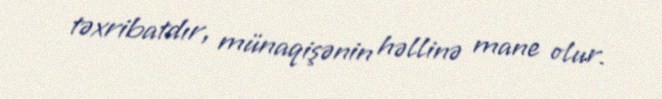
təxribatdır, münaqişənin həllinə mane olur.